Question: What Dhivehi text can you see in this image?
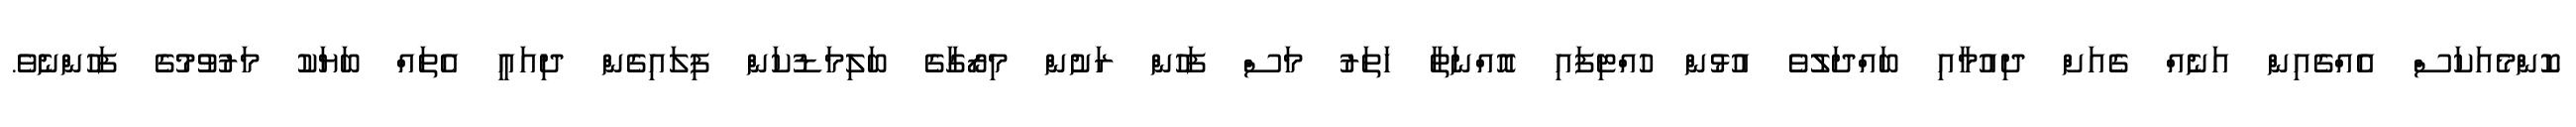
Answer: ކޮންމެއަކަސް އެއްގެއިން އަނެއް ގެއަށް ދިއުމާއި ބައްދަލުވެ އުޅުން ހުއްޓިފައި އޮއްނަތާ ހަތަރު މަސް ފަހުން ރަށުން މިރޯގާގެ ބަލިމަޑުކަން ފިލައިގެން ދިއައީ އެތައް ބަޔަކު މަރުވުމުގެ ފަހުންނެވެ.